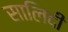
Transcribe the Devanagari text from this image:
सालिदी